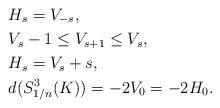
LaTeX: \begin{align*} &H_s =V_{-s}, \\ &V_s-1 \leq V_{s+1} \leq V_s, \\ &H_s = V_s+s, \\ &d(S^3_{1/n}(K)) = -2V_0 = -2H_0.\end{align*}